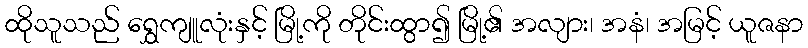
ထိုသူသည် ရွှေကျူလုံးနှင့် မြို့ကို တိုင်းထွာ၍ မြို့၏ အလျား၊ အနံ၊ အမြင့် ယူဇနာ